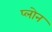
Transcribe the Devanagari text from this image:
प्लोन